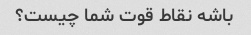
باشه نقاط قوت شما چیست؟